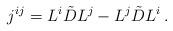
LaTeX: \begin{align*}j^{ij} = L^i \tilde{D} L^j - L^j \tilde{D} L^i\,.\end{align*}